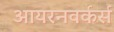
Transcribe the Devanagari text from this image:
आयरनवर्कर्स